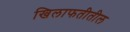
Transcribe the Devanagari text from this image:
खिलाफतीतील